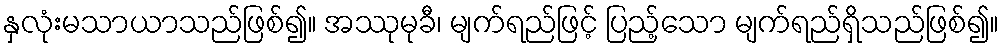
နှလုံးမသာယာသည်ဖြစ်၍။ အဿုမုခီ၊ မျက်ရည်ဖြင့် ပြည့်သော မျက်ရည်ရှိသည်ဖြစ်၍။